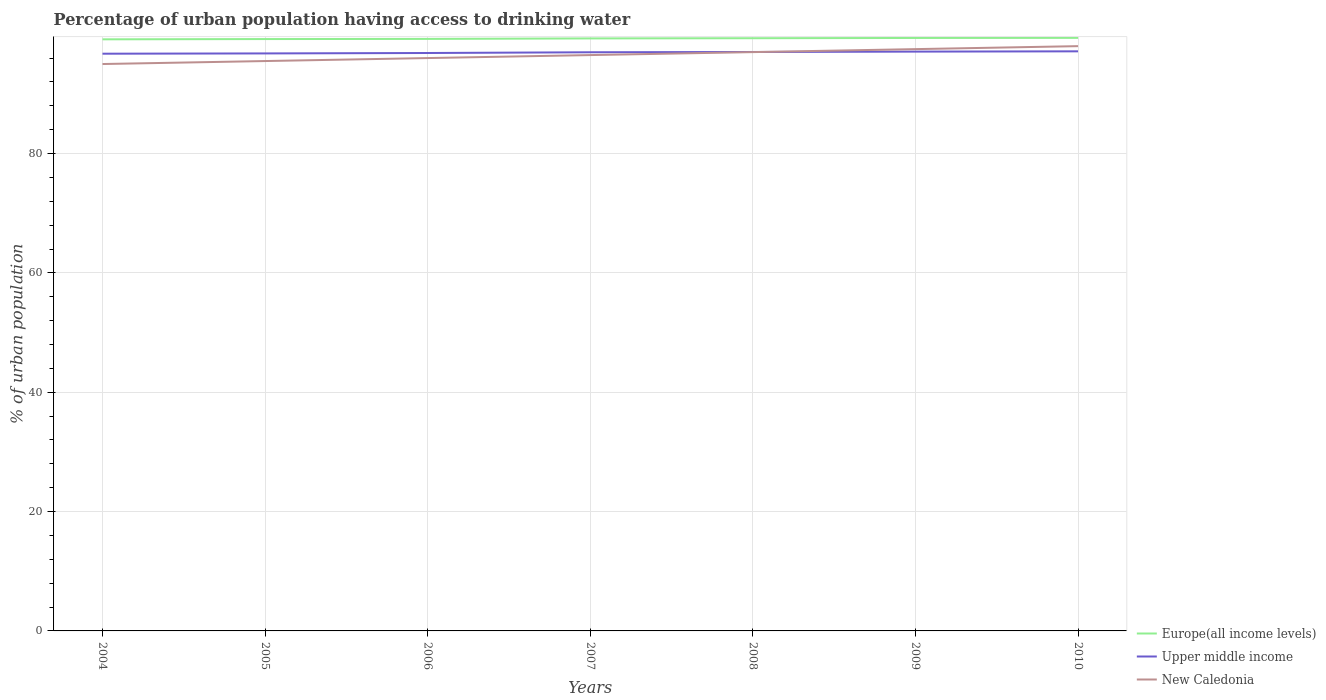
| Years | Europe(all income levels) | Upper middle income | New Caledonia |
 | --- | --- | --- | --- |
 | 2004 | 99.1 | 96.7 | 95 |
 | 2005 | 99.2 | 96.8 | 95.5 |
 | 2006 | 99.2 | 96.8 | 96 |
 | 2007 | 99.3 | 97 | 96.5 |
 | 2008 | 99.3 | 97 | 97 |
 | 2009 | 99.4 | 97.1 | 97.5 |
 | 2010 | 99.4 | 97.1 | 98 |